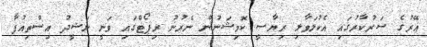
އޭރުގެ ސަރުކާރުގައި އެކުލަވާލި ރިޔާސީ ކޮމިޝަނުން ނެރުނު ރިޕޯޓްގައި ވަނީ ނަޝީދު އިސްތިއުފާ